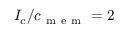
I _ { c } / c _ { \mathrm { ~ m ~ e ~ m ~ } } = 2